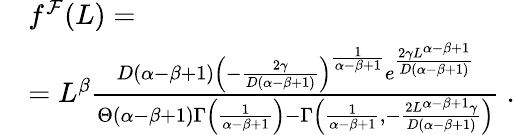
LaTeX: \begin{array}{rl}&{f^{\mathcal{F}}(L)=}\\ &{=L^{\beta}\frac{D(\alpha-\beta+1)\left(-\frac{2\gamma}{D(\alpha-\beta+1)}\right)^{\frac{1}{\alpha-\beta+1}}e^{\frac{2\gamma L^{\alpha-\beta+1}}{D(\alpha-\beta+1)}}}{\Theta(\alpha-\beta+1)\Gamma\left(\frac{1}{\alpha-\beta+1}\right)-\Gamma\left(\frac{1}{\alpha-\beta+1},-\frac{2L^{\alpha-\beta+1}\gamma}{D(\alpha-\beta+1)}\right)}\ .}\end{array}